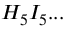
H _ { 5 } I _ { 5 } . . .